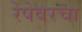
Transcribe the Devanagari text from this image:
रेषेवरचा